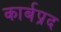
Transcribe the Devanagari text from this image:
कार्बप्रद